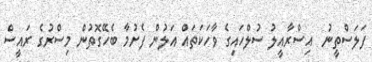
ފަލަސްތީނު  އިސްރާއީލު ސުލްހައިގެ ވާހަކަތައް އަލުން ފެށުމާ ބެހޭގޮތުން މިސްރުގެ ރައީސް